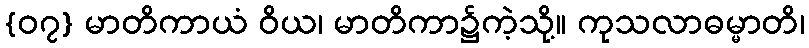
{၀၇} မာတိကာယံ ဝိယ၊ မာတိကာ၌ကဲ့သို့။ ကုသလာဓမ္မာတိ၊